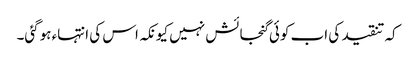
کہ تنقید کی اب کوئی گنجائش نہیں کیونکہ اس کی انتہاء ہوگئی۔